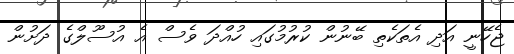
ޖެހޭނީ އަދި އެތަކެތި ބޭނުން ކުރުމުގައި ހުއްދަ ވެސް އެ އުސޫލްގެ ދަށުން